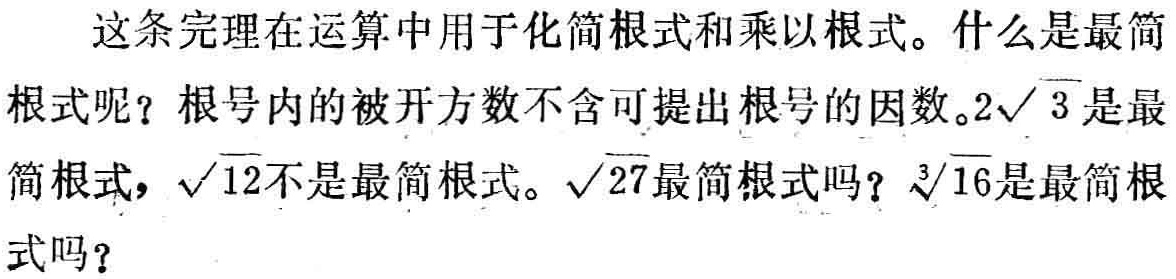
这条完理在运算中用于化简根式和乘以根式。什么是最简
根式呢？根号内的被开方数不含可提出根号的因数。\(2\sqrt{3}\)是最
简根式，\(\sqrt{12}\)不是最简根式。\(\sqrt{27}\)最简根式吗？\(\sqrt[3]{16}\)是最简根
式吗？